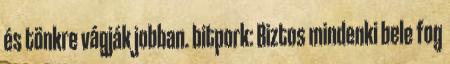
és tönkre vágják jobban. bitpork: Biztos mindenki bele fog